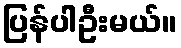
ပြန်ပါဦးမယ်။